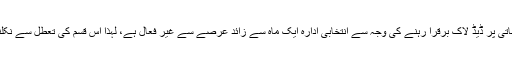
واضح رہے کہ چیف الیکشن کمشنر اور اراکین کی تعیناتی پر ڈیڈ لاک برقرا رہنے کی وجہ سے انتخابی ادارہ ایک ماہ سے زائد عرصے سے غیر فعال ہے، لہٰذا اس قسم کی تعطل سے نکلنے کی راہ تجویز کرنے کا بل سینیٹ میں پیش کیا گیا۔